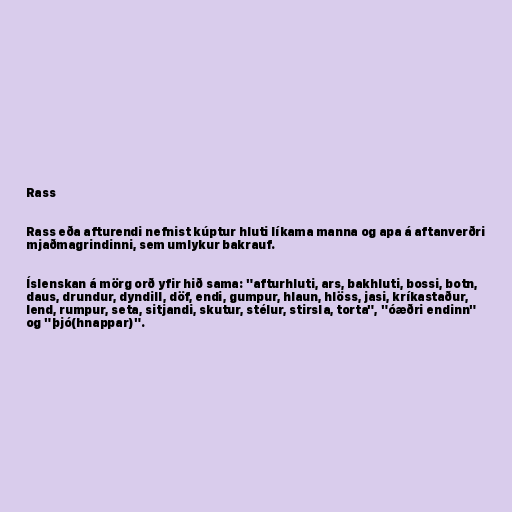
Rass

Rass eða afturendi nefnist kúptur hluti líkama manna og apa á aftanverðri
mjaðmagrindinni, sem umlykur bakrauf.

Íslenskan á mörg orð yfir hið sama: "afturhluti, ars, bakhluti, bossi, botn,
daus, drundur, dyndill, döf, endi, gumpur, hlaun, hlöss, jasi, kríkastaður,
lend, rumpur, seta, sitjandi, skutur, stélur, stirsla, torta", "óæðri endinn"
og "þjó(hnappar)".